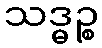
သဒ္ဓဉ္စ